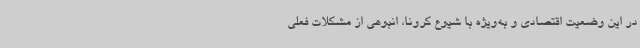
در این وضعیت اقتصادی و به‌ویژه با شیوع کرونا، انبوهی از مشکلات فعلی